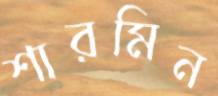
শারমিন